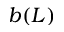
b ( L )